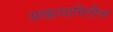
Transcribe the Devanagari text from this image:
अखत्यारितील